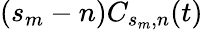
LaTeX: (s_{m}-n)C_{s_{m},n}(t)